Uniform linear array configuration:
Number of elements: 4
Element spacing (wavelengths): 1
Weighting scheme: exponential
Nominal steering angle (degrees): -15
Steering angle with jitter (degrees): -14.673
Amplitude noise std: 0.05
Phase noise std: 0.05

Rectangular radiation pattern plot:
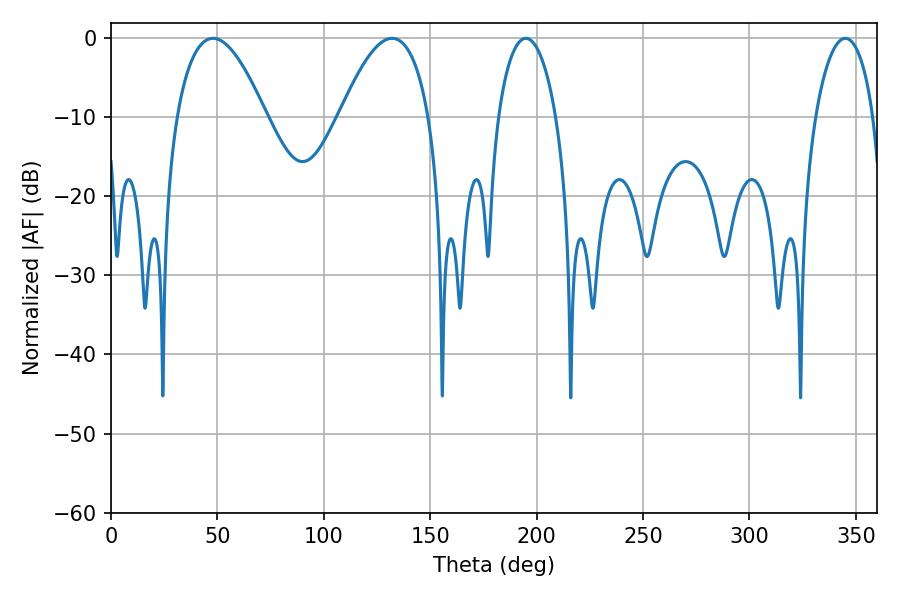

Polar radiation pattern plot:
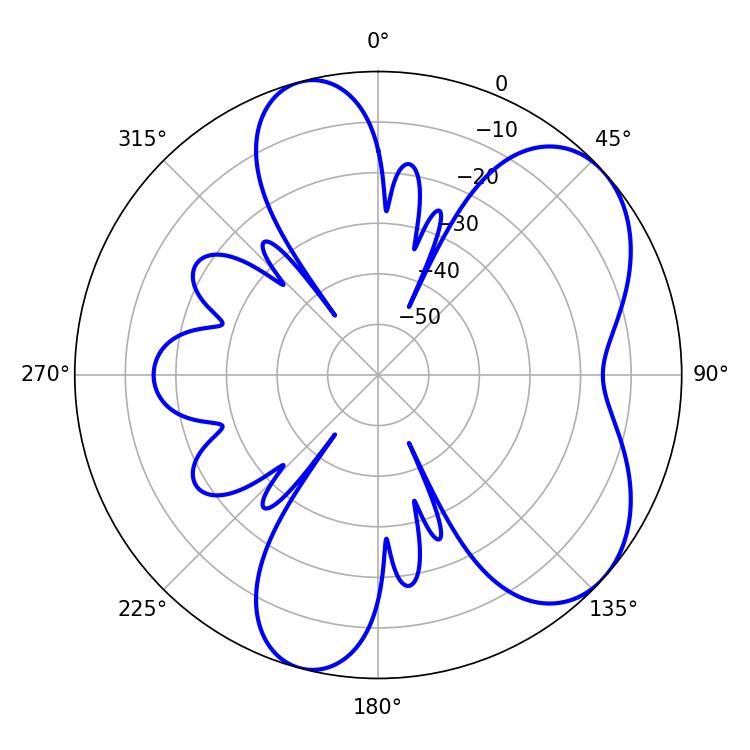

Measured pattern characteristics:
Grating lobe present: TRUE
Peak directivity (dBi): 5.98
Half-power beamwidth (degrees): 15.48
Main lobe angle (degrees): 194.94